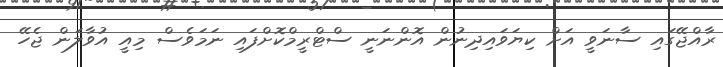
ރާއްޖޭގައި ސާނަވީ އަށް ކިޔަވައިދިނުން އޮންނަނީ ސްޓްރީމްކޮށްފައި ނަމަވެސް މިއީ އުވާލަން ޖެހޭ